Civil Veterinary Department Bihar reports 1936-40 - 1936-1940
Year: 1936
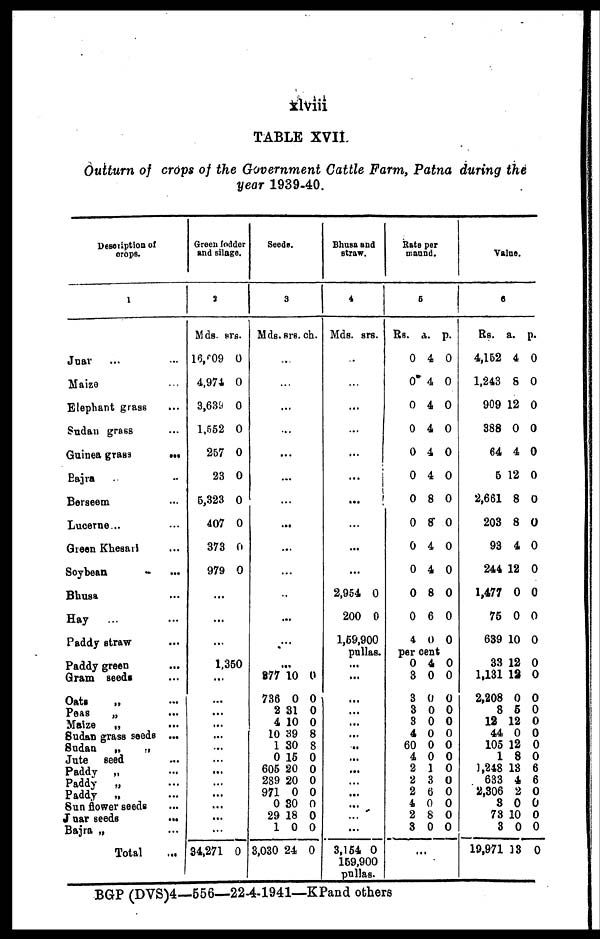
xlviii
TABLE XVII.
Outturn of crops of the Government Cattle Farm, Patna during the
year 1939-40.
Description of
crops.
1
Juar ... ...
Maize ...
Elephant grass ...
Sudan grass ...
Guinea grass
...
Bajra ...
Berseem ...
Lucerne...
Green Khesari ...
Soybean ...
Bhusa ...
Hay
...
Paddy straw ...
Paddy green ...
Gram seeds ...
Oats
„ ...
Peas
„ ...
Maize
„ ...
Sudan grass seeds ...
Sudan
„ „
Jute seed ...
Paddy „ „
Paddy
„ ...
Paddy
„ ...
Sun flower seeds ..
Juar seeds
...
Bajra „ ...
Total ...
Green fodder
and silage.
2
Mds.
16,609
4,971
3,639
1,552
257
23
5,323
407
373
979
...
...
...
srs.
0
0
0
0
0
0
0
0
0
0
1,350
...
...
...
...
...
...
...
...
...
...
...
...
...
34,271 0
Seeds.
3
Mds.
...
...
...
.
.
...
.
.
...
...
.
...
.
877
736
2
4
10
1
0
605
289
971
0 30
29
1
3,030
srs.
...
..
..
..
..
..
..
10
0
31
10
39
30
15
20
20
0
18
0
24
ch.
0
0
0
0
8
8
0
0
0
0
0
0
0 0
0
Bhusa and
straw.
4
Mds.
...
...
...
...
...
...
...
...
...
...
2,954
200
srs.
0
0
1,59,900
pullas.
...
...
...
...
...
...
..
...
...
...
...
...
...
...
3,154
159,90
pulla
0
0
s.
Rate per
maund.
5
Rs.
0
0
0
0
0
0
0
0
0
0
0
0
4
a.
4
4
4
4
4
4
8
8
4
4
8
6
0
p.
0
0
0
0
0
0
0
0
0
0
0
0
0
per cent
0
3
3
3
3
4
60
4
2
2
2
4
2
8
...
4
0
0
0
0
0
0
0
1
3
6
0
8
0
0
0
0
0
0
0
0
0
0
0
0
0
0
0
Value.
6
Rs.
4,152
1,243
909
388
64
5
2,661
203
93
244
1,477
75
639
33
1,131
2,208
8
12
44
105
1
1,248
633
2,306
8
73
3
19,971
a.
4
8
12
0
4
12
8
8
4
12
0
0
10
12
12
0
5
12
0
12
8
13
4
2
0
10
0
13
p.
0
0
0
0
0
0
0
0
0
0
0
0
0
0
0
0
0
0
0
0
0
6
6
0
0
0
0
0
BGP (DVS)4—556—22-4-1941—KPand others